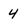
Character: 4